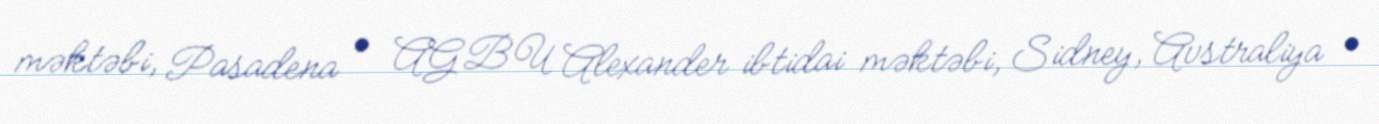
məktəbi, Pasadena • AGBU Alexander ibtidai məktəbi, Sidney, Avstraliya •